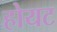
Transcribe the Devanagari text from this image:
होयट